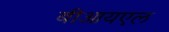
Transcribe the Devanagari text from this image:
बीआयएल